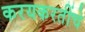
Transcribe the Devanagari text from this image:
करयकरतींचे